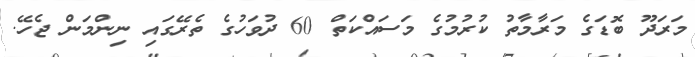
މަރަދޫ ބޮޑަގެ މަރާމާތު ކުރުމުގެ މަސައްކަތް 60 ދުވަހުގެ ތެރޭގައި ނިންމަން ޖެހޭ.